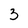
Character: 3